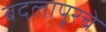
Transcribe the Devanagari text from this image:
बदलापूरचे